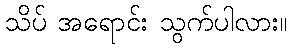
သိပ် အရောင်း သွက်ပါလား။